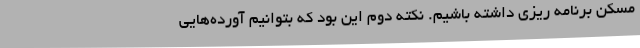
مسکن برنامه ریزی داشته باشیم. نکته دوم این بود که بتوانیم آورده‌هایی